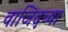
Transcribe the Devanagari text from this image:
वाजिदच्या